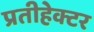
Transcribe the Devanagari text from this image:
प्रतीहेक्टर